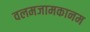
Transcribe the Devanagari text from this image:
वलमजामकानम